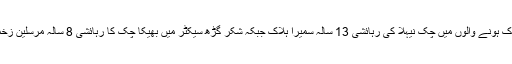
سنیچر کو ہلاک ہونے والوں میں چک نیہلا کی رہائشی 13 سالہ سمیرا ہلاک جبکہ شکر گڑھ سیکٹر میں بھیکا چک کا رہائشی 8 سالہ مرسلین زخمی ہو گیا تھا۔